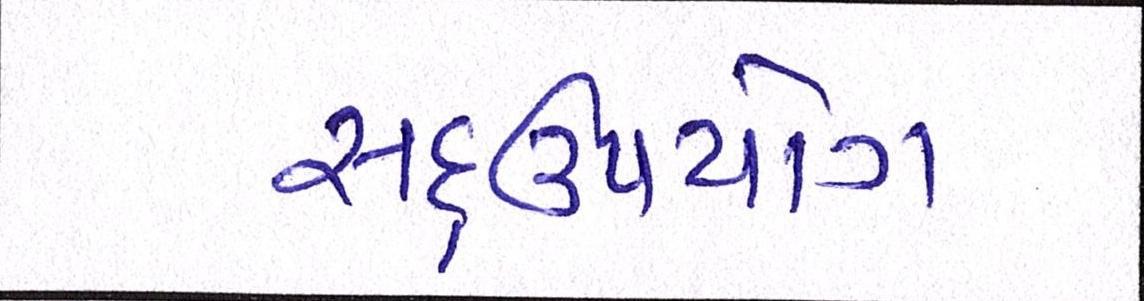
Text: સદ્ઉપયોગ